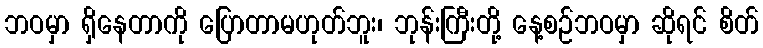
ဘဝမှာ ရှိနေတာကို ပြောတာမဟုတ်ဘူး၊ ဘုန်းကြီးတို့ နေ့စဉ်ဘဝမှာ ဆိုရင် စိတ်